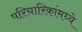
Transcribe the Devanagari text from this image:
परिचारिकांमध्ये